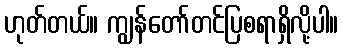
ဟုတ်တယ်။ ကျွန်တော်တင်ပြစရာရှိလို့ပါ။